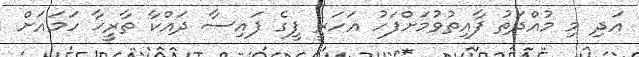
އަދި މި މުއްދަތު ފާއިތުވުމަށްފަހު އަހަރީ ފީގެ ފައިސާ ދައްކާ ތާރީޚާ ހަމައަށް